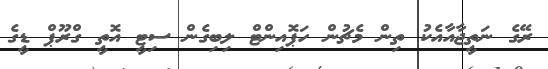
ރޭގެ ނަތީޖާއާއެކު ތިން މެޗުން ހަޕޮއިންޓް ލިބިގެން ސިޓީ އޮތީ ގްރޫޕް ޑީގެ